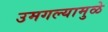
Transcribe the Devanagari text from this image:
उमगल्यामुळे